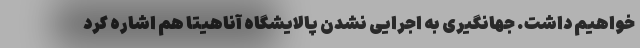
خواهیم داشت. جهانگیری به اجرایی نشدن پالایشگاه آناهیتا هم اشاره کرد